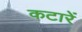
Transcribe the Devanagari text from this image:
कटारें